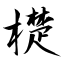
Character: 檚